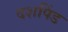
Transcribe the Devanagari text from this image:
दशपिंड